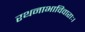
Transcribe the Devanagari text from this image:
रथनाभाविवाराः।